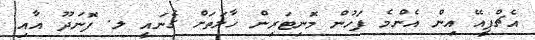
އެޗްޕީއޭ އިން އެންމެ ފަހުން މޮނިޓަރިން ހާލަތަށް ގެނައީ ލ. ފޮނަދޫ އާއި